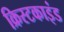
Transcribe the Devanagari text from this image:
क्रिस्टकाइंड